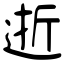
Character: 逝